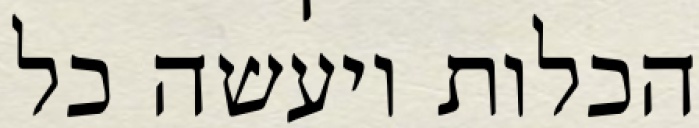
הכלות ויעשה כל